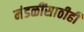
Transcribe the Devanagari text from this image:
मंडळींसाठीही